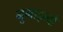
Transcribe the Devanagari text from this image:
नुमाइन्दो